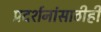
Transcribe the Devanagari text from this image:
प्रदर्शनांसाठीही